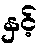
နှင့်